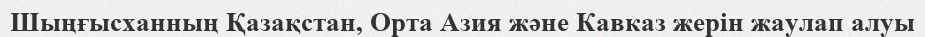
Шыңғысханның Қазақстан, Орта Азия және Кавказ жерін жаулап алуы